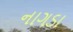
નાગડા